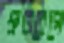
দ্রুতবেগে